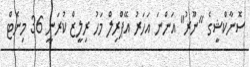
ސޮނާކްޝީގެ "ނޫރު" އަންނަ އަހަރު އޭޕްރިލް މަހު ރިލީޒް ކުރަނީ 36 މިނެޓް